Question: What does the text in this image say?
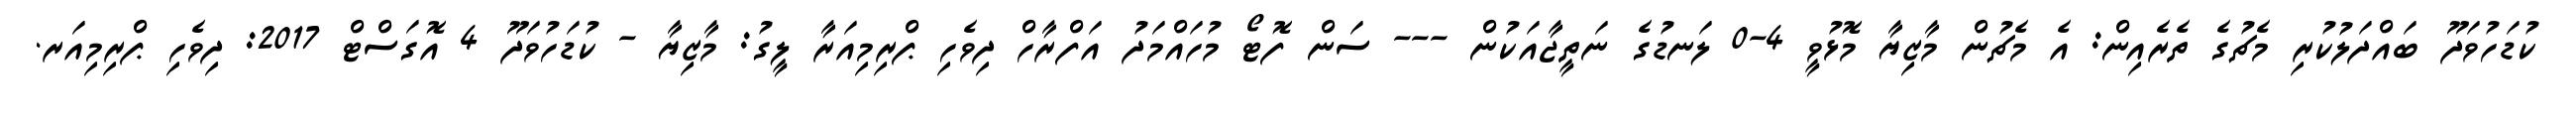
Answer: ކުޑަހުވަދޫ ބައްދަލުކުރި މެޗުގެ ތެރެއިން: އެ މެޗުން މާޒިޔާ މޮޅުވީ 4-0 ލަނޑުގެ ނަތީޖާއަކުން --- ސަން ފޮޓޯ މުހައްމަދު އަފްރާހް ދިވެހި ޕްރިމިއަރާ ލީގު: މާޒިޔާ - ކުޑަހުވަދޫ 4 އޮގަސްޓް 2017: ދިވެހި ޕްރިމިއަރ.